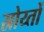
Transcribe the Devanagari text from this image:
स्रोय्तों